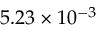
5 . 2 3 \times 1 0 ^ { - 3 }